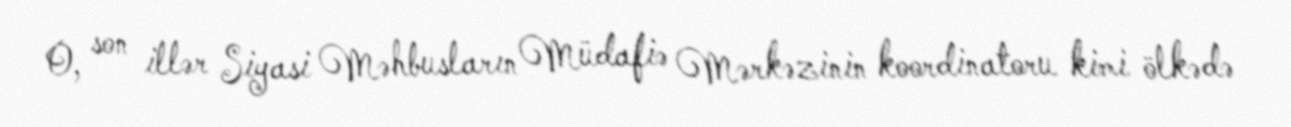
O, son illər Siyasi Məhbusların Müdafiə Mərkəzinin koordinatoru kimi ölkədə